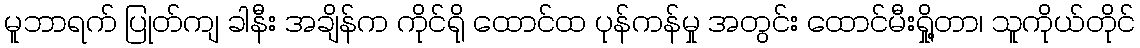
မူဘာရက် ပြုတ်ကျ ခါနီး အချိန်က ကိုင်ရို ထောင်ထ ပုန်ကန်မှု အတွင်း ထောင်မီးရှို့တာ၊ သူကိုယ်တိုင်